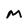
Character: M